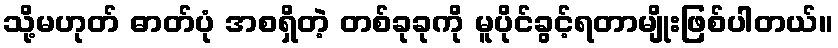
သို့မဟုတ် ဓာတ်ပုံ အစရှိတဲ့ တစ်ခုခုကို မူပိုင်ခွင့်ရတာမျိုးဖြစ်ပါတယ်။